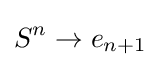
S^{n}\to e_{n+1}